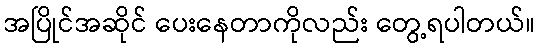
အပြိုင်အဆိုင် ပေးနေတာကိုလည်း တွေ့ရပါတယ်။